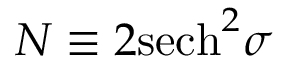
{ \cal N } \equiv 2 \mathrm { s e c h } ^ { 2 } \sigma